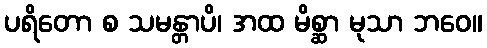
ပရိတော စ သမန္တာပိ၊ အထ မိစ္ဆာ မုသာ ဘဝေ။